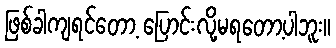
ဖြစ်ခါကျရင်တော့ ပြောင်းလို့မရတော့ပါဘူး။